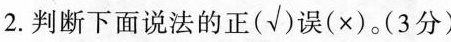
2.判断下面说法的正(√)误(×)。(3分)